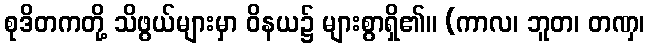
စုဒိတကတို့ သိဖွယ်များမှာ ဝိနယ၌ များစွာရှိ၏။ (ကာလ၊ ဘူတ၊ တဏှ၊